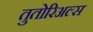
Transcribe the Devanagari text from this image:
तुतोरिअल्स